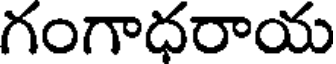
గంగాధరాయ